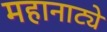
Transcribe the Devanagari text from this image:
महानाट्ये